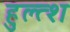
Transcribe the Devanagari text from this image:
हुल्त्श